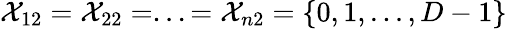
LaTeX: \mathcal{X}_{12}=\mathcal{X}_{22}=...=\mathcal{X}_{n2}=\{ 0,1,...,D-1\}